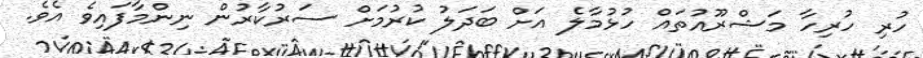
ހުރި ހުރިހާ މަޝްރޫއުތައް ހުޅުމާލެ އަށް ބަދަލު ކުރުމަށް ސަރުކާރުން ނިންމާފައިވެ އެވެ.